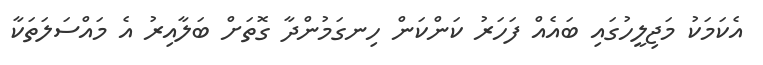
އެކަމަކު މަޖިލީހުގައި ބައެއް ފަހަރު ކަންކަން ހިނގަމުންދާ ގޮތަށް ބަލާއިރު އެ މައްސަލަތަކާ